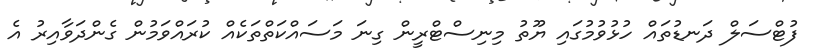
ފުޓްސަލް ދަނޑުތައް ހުޅުވުމުގައި ޔޫތު މިނިސްޓްރީން ގިނަ މަސައްކަތްތަކެއް ކުރައްވަމުން ގެންދަވާއިރު އެ